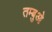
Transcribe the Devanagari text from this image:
तम्बुओ